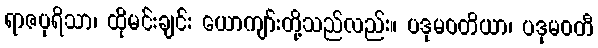
ရာဇပုရိသာ၊ ထိုမင်းချင်း ယောကျာ်းတို့သည်လည်း။ ပဒုမဝတိယာ၊ ပဒုမဝတီ